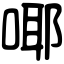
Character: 㖿